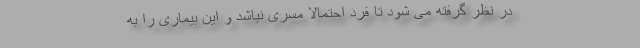
در نظر گرفته می شود تا فرد احتمالاً مسری نباشد و این بیماری را به